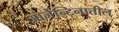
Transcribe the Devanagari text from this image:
आर्जेन्टिनातील